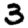
Digit: 3